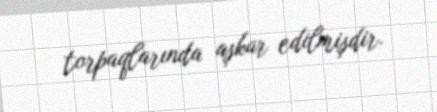
torpaqlarında aşkar edilmişdir.